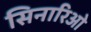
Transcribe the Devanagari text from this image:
सिनारिओ